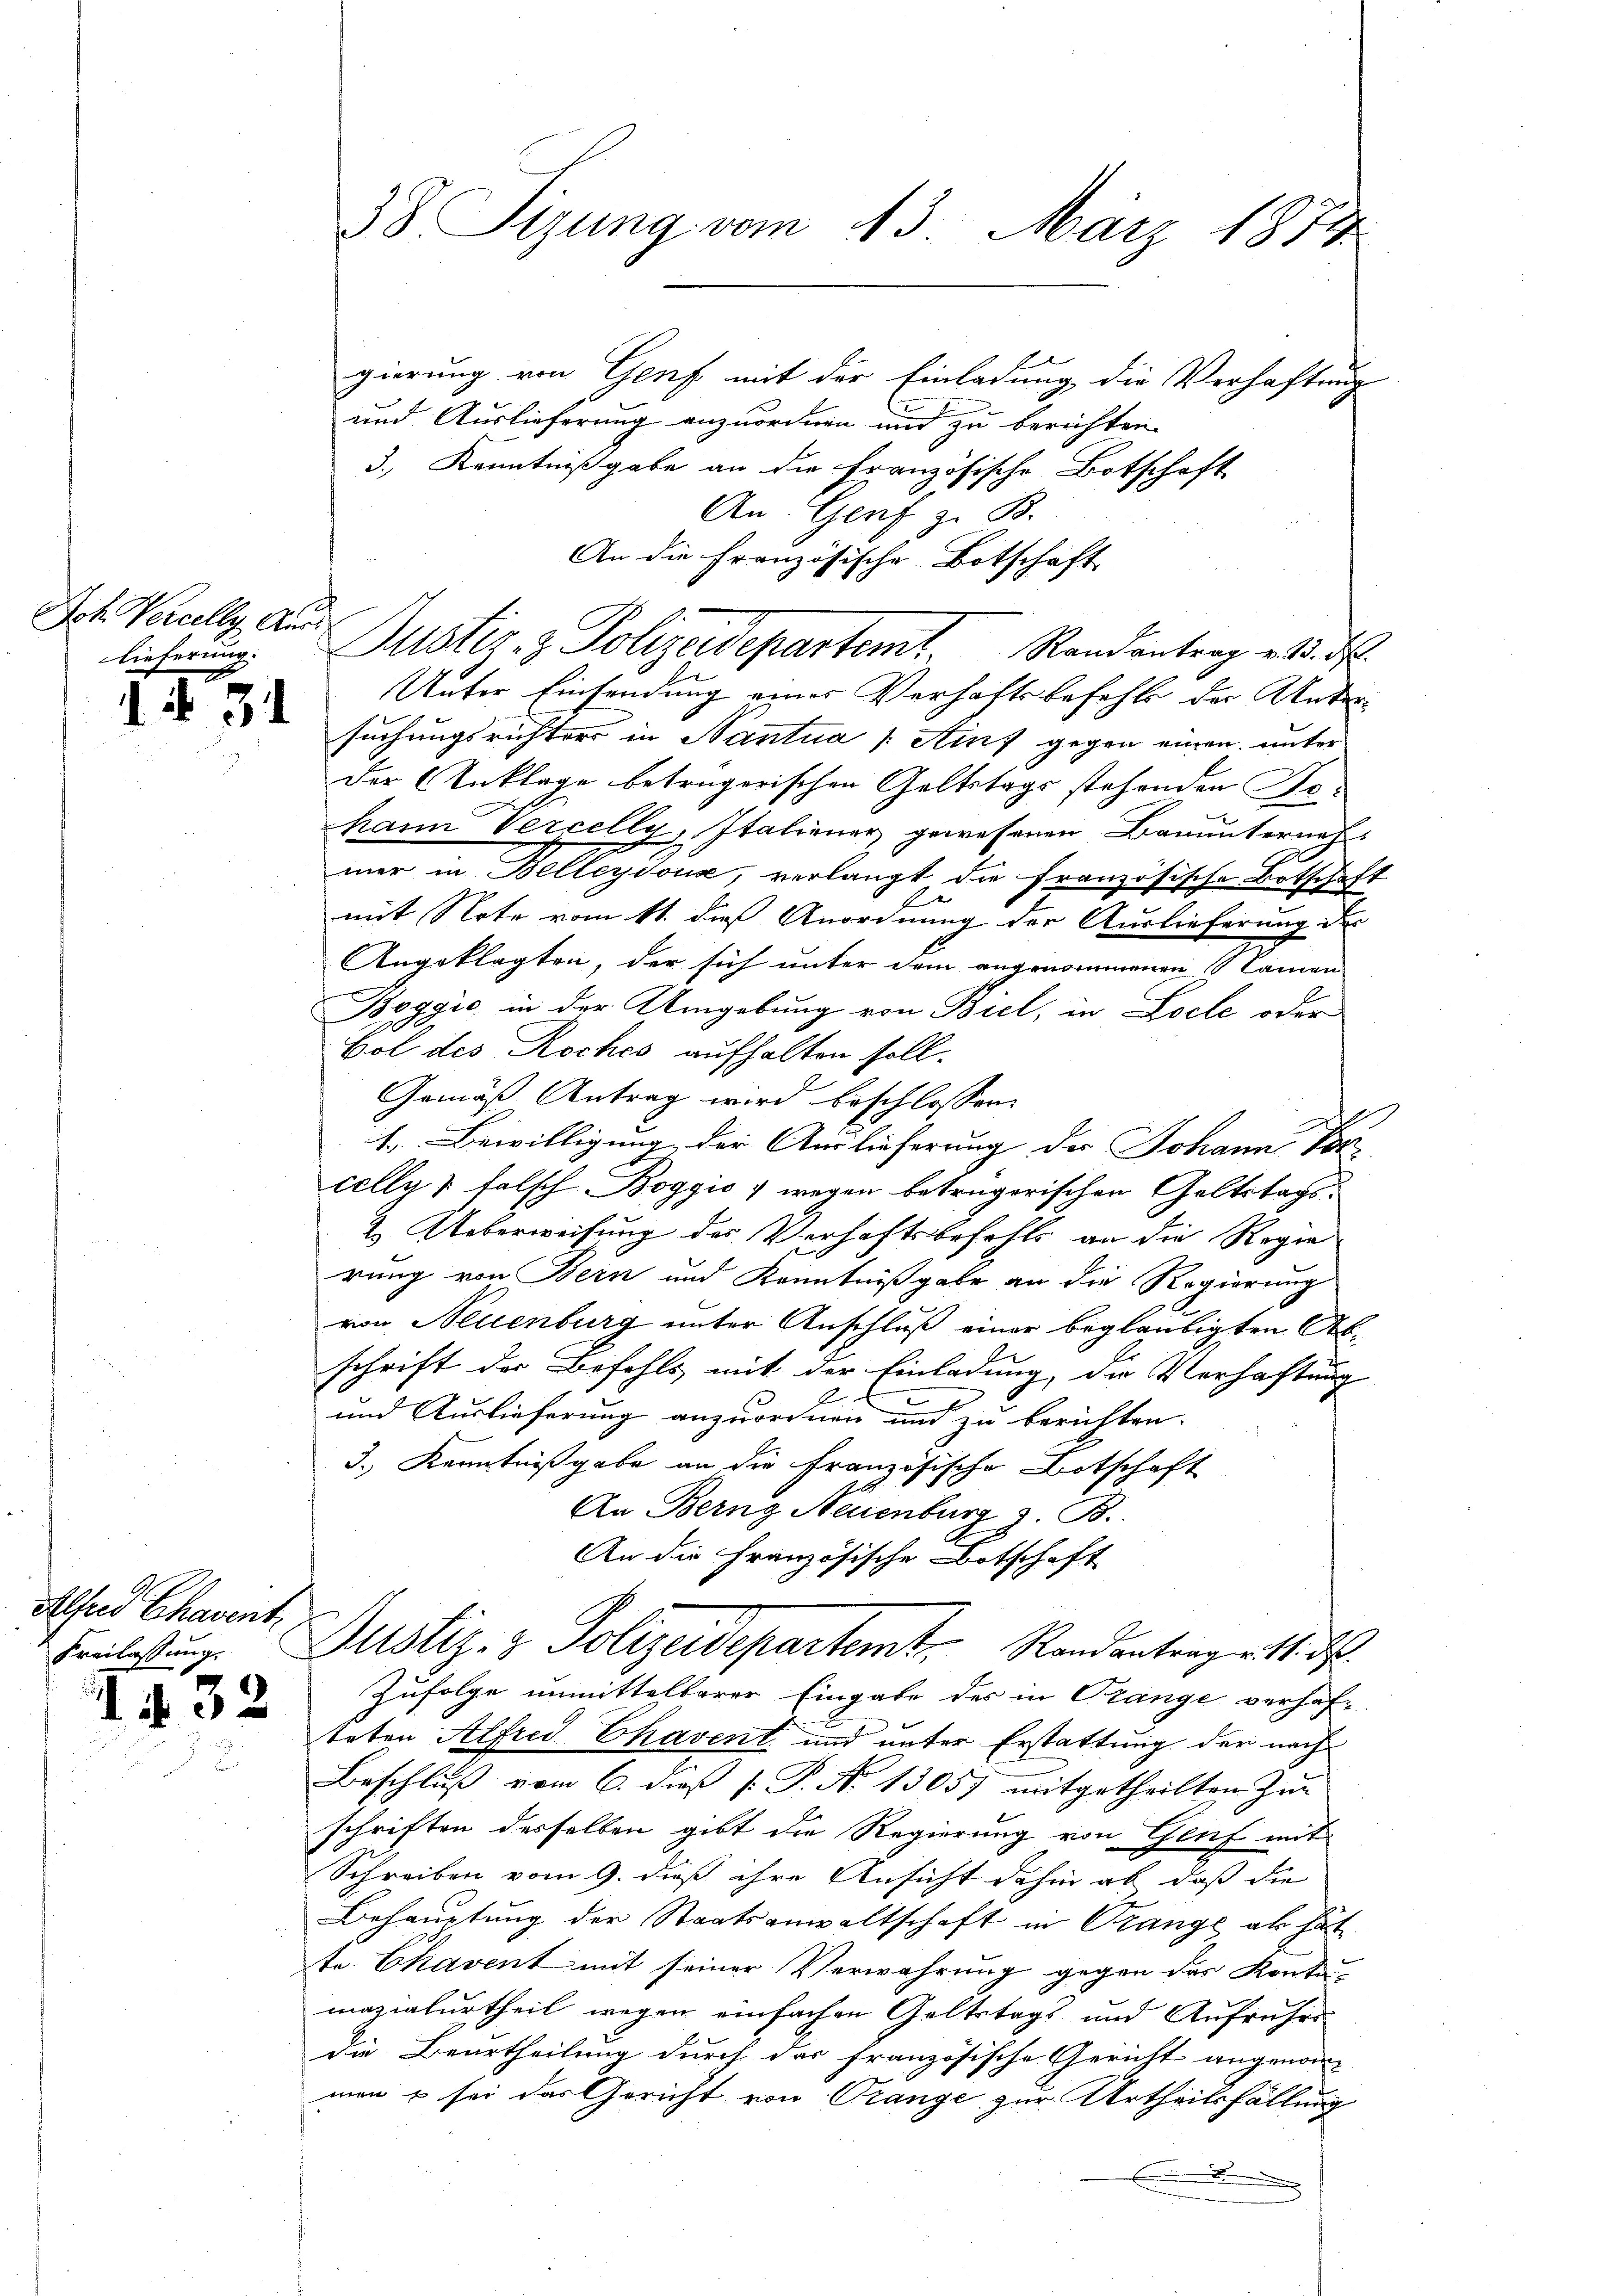
Jch Vercelly Auss
lieferung.
A

1. d. 31

Alter Chaventi
Freilassung.

1 § 32.

38. Sigung vom 13. März 1874.

Justiz- & Polizeidepartemt Randantrag d. d.

gierung von Genf mit der Einladung, die Verhaftung
und Auslieferung anzuordnen und zu berichten.
3.) Kenntnißgabe an die französische Botschaft
An Genf z. B.
An die Französische Botschaft
Unter Einsendung eines Verhaftsbefehls der Unter-
suchungsrichter in Nantua [Ainf gegen einen unter
der Anklage beträgerischen Geltstags stehenden Kohann Vercelly, Italiener gewesenen Bauunternehmer in Belleydoux, verlangt die französische Botschaft
mit Note vom 11. dieß Anordnung der Auslieferung der
Angeklagten, der sich unter dem angenommenen Namen
Boggio in der Umgebung von Biel, in Loche oder
Bol des Roches aufhalten soll.
Gemäß Antrag wird beschlossen
1. Bewilligung der Auslieferung des Johann Vor-
celle & falsch Boggio, wegen betrügerischen Geltstags¬
2. Ueberweisung des Verhaftsbefehls an die Regie
rung von Bern und Kenntnißgabe an die Regierung
von Neuenburg unter Anschluß einer beglaubigten Abschrift der Befehls mit der Einladung, die Verhaftung
und Auslieferung anzuordnen und zu berichten.
3.) Kenntnißgabe an die französische Botschaft
An Berng Neuenburg z. B.
An die Französische Botschaft
Justiz- & Polizeidepartemt. Randantrag ritt. d.
Zufolge unmittelbarer Eingabe des in Prange verhafteten Alfred Chavent und unter Erstattung der nach
Beschluß vom 6. dieß P. P. No 1305) mitgetheilten Zu-
schriften desselben gibt die Regierung von Genf mit
Schreiben vom 9. dieß ihre Ansicht dahin ab, daß die
Behauptung der Staatsanwaltschaft in Trange als hät
te Chavent mit seiner Verwahrung gegen der Kontu-
mazialurtheil wegen einfachen Geltstags- und Aufruhrs
die Beurtheilung durch das französische Gericht angenom-
men u sei das Gericht von Trange zur Urtheilsfällung
.